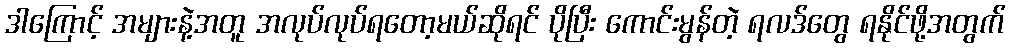
ဒါကြောင့် အများနဲ့အတူ အလုပ်လုပ်ရတော့မယ်ဆိုရင် ပိုပြီး ကောင်းမွန်တဲ့ ရလဒ်တွေ ရနိုင်ဖို့အတွက်